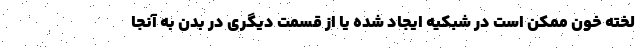
لخته خون ممکن است در شبکیه ایجاد شده یا از قسمت دیگری در بدن به آنجا